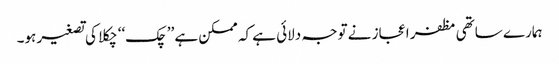
ہمارے ساتھی مظفر اعجاز نے توجہ دلائی ہے کہ ممکن ہے ’’چک‘‘ چکلا کی تصغیر ہو۔